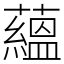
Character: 蘊